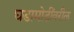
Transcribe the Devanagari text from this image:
घडामोडींवरील